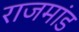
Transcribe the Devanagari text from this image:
राजमांड